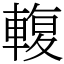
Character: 輹